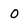
Character: 0